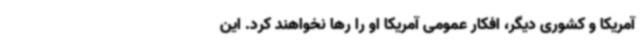
آمریکا و کشوری دیگر، افکار عمومی آمریکا او را رها نخواهند کرد. این